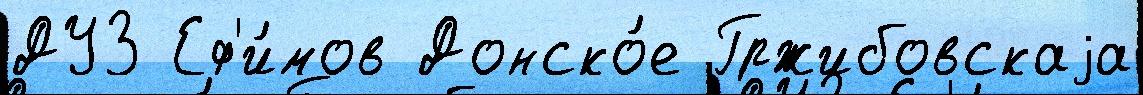
ДУЗ Еф'и́мов Донско́е Гржибовскаjа